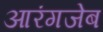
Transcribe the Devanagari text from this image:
आरंगजेब